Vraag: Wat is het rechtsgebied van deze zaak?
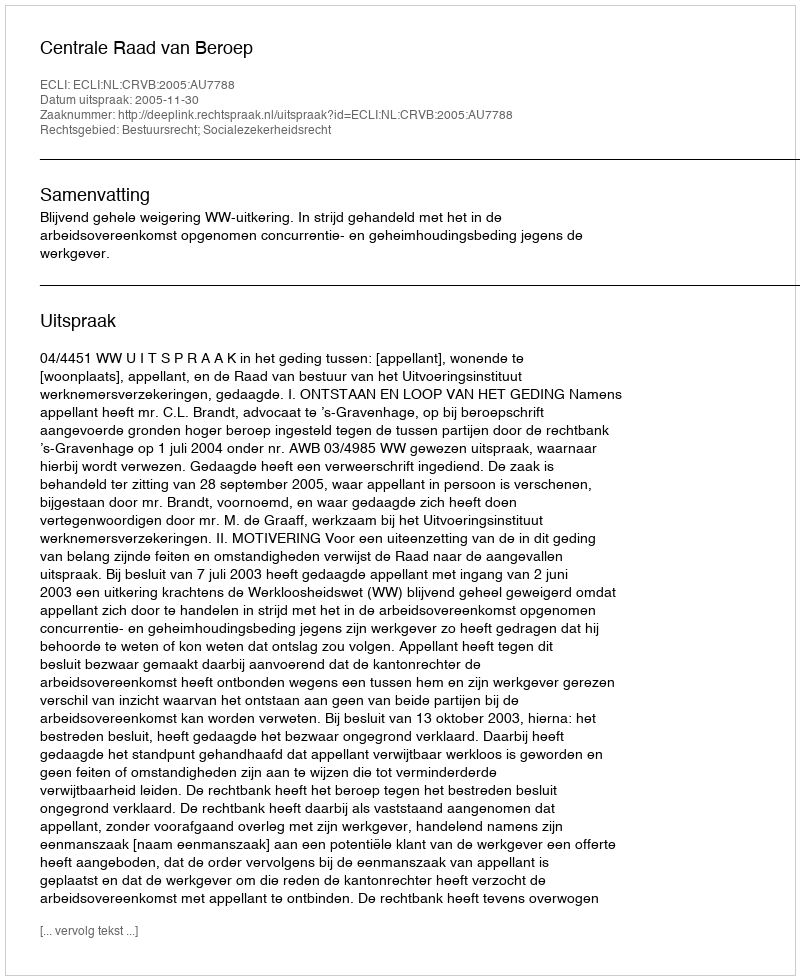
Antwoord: Bestuursrecht; Socialezekerheidsrecht